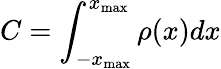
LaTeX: C=\int_{-x_{\textrm{max}}}^{x_{\textrm{max}}}\rho(x)dx